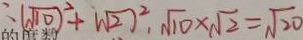
: ( \sqrt { 1 0 } ) ^ { 2 } + \sqrt { 2 } ) ^ { 2 } , \sqrt { 1 0 } \times \sqrt { 2 } = \sqrt { 2 0 }